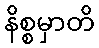
နိစ္စမှာတိ